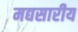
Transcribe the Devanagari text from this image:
मद्यसारीय